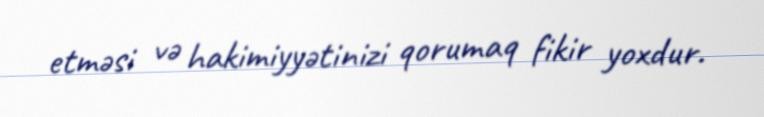
etməsi və hakimiyyətinizi qorumaq fikir yoxdur.